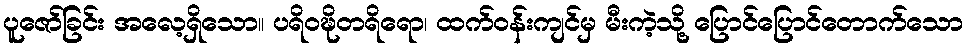
ပူဇော်ခြင်း အလေ့ရှိသော။ ပရိဝဍ္ဎိတရိရော၊ ထက်ဝန်းကျင်မှ မီးကဲ့သို့ ပြောင်ပြောင်တောက်သော